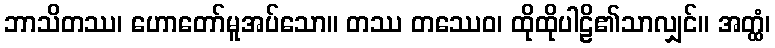
ဘာသိတဿ၊ ဟောတော်မူအပ်သော။ တဿ တဿေဝ၊ ထိုထိုပါဠိ၏သာလျှင်။ အတ္ထံ၊